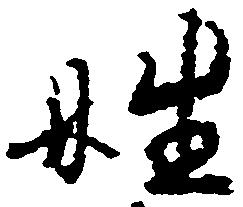
姓